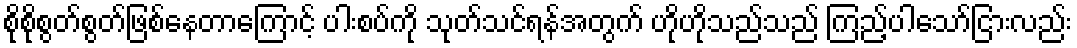
စိုစိုစွတ်စွတ်ဖြစ်နေတာကြောင့် ပါးစပ်ကို သုတ်သင်ရန်အတွက် ဟိုဟိုသည်သည် ကြည့်ပါသော်ငြားလည်း